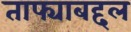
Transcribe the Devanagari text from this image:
ताफ्याबद्दल